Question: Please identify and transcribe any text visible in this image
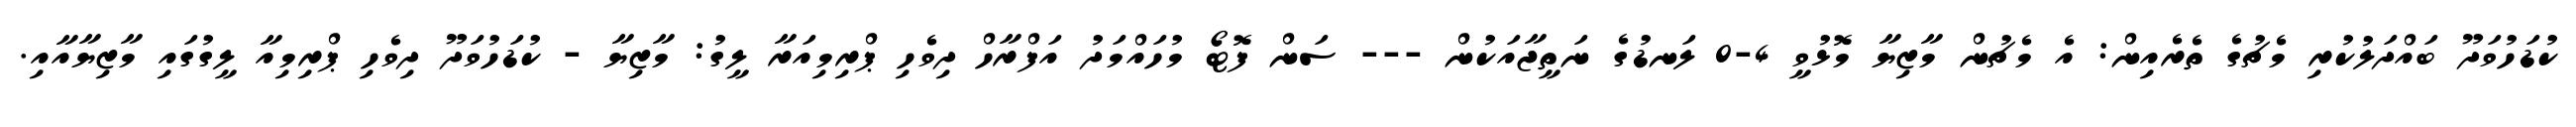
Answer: ކުޑަހުވަދޫ ބައްދަލުކުރި މެޗުގެ ތެރެއިން: އެ މެޗުން މާޒިޔާ މޮޅުވީ 4-0 ލަނޑުގެ ނަތީޖާއަކުން --- ސަން ފޮޓޯ މުހައްމަދު އަފްރާހް ދިވެހި ޕްރިމިއަރާ ލީގު: މާޒިޔާ - ކުޑަހުވަދޫ ދިވެހި ޕްރިމިއާ ލީގުގައި މާޒިޔާއާއި.